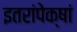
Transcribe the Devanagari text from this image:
इतरांपेक्षां